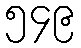
၅၄၉